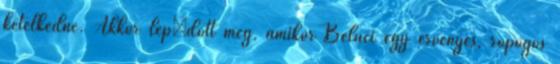
kételkedne. Akkor lepıdött meg, amikor Béluci egy érvényes, ropogós